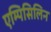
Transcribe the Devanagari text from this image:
एम्पिसिलिन